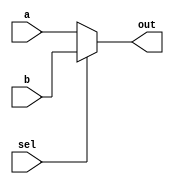
// Part 1
// a simple mux

module mux2_1(out,
       		sel,
	       	a,
	       	b);

	input [7:0] a; // left leg
	input[7:0] b; // right leg
	input sel;
	output [7:0] out;
	
	// out will be determined according to select wire
	// if sel is 1, out will be b, otherwise a.
	assign out = sel ? b : a;

endmodule